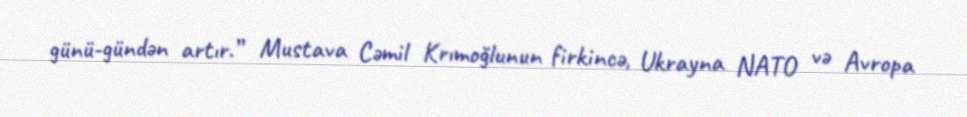
günü-gündən artır.” Mustava Cəmil Krımoğlunun firkincə, Ukrayna NATO və Avropa